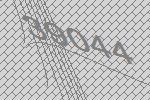
39044